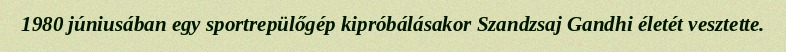
1980 júniusában egy sportrepülőgép kipróbálásakor Szandzsaj Gandhi életét vesztette.